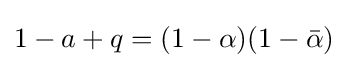
1-a+q=(1-\alpha )(1-{\bar {\alpha }})